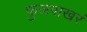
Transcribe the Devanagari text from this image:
फुलपाखरं